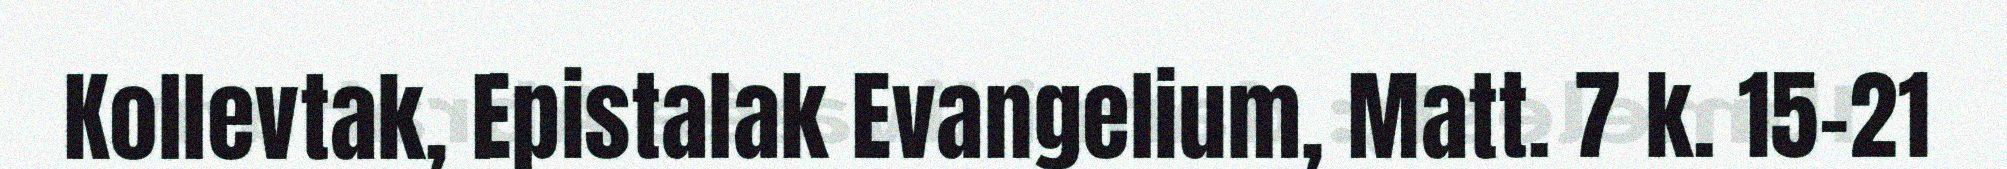
Kollevtak, Epistalak Evangelium, Matt. 7 k. 15–21